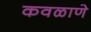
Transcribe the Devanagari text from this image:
कवळाणे